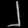
Digit: ၂